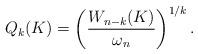
LaTeX: \begin{align*}Q_k(K)=\left (\frac{W_{n-k}(K)}{\omega_n}\right )^{1/k}.\end{align*}